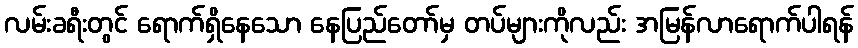
လမ်းခရီးတွင် ရောက်ရှိနေသော နေပြည်တော်မှ တပ်များကိုလည်း အမြန်လာရောက်ပါရန်